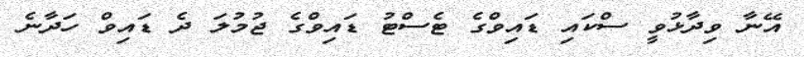
އޭނާ ވިދާޅުވީ ސްކައި ޑައިވްގެ ޓެސްޓު ޑައިވްގެ ޖުމުލަ ދެ ޑައިވް ހަދާނެ